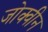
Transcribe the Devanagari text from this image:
जोक्वीन